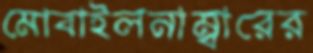
মোবাইলনাম্বারের